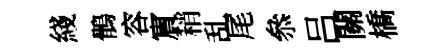
綫鶻容賔稍乱尾叅吕關橋